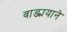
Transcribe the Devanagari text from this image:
वाङ्मयाने